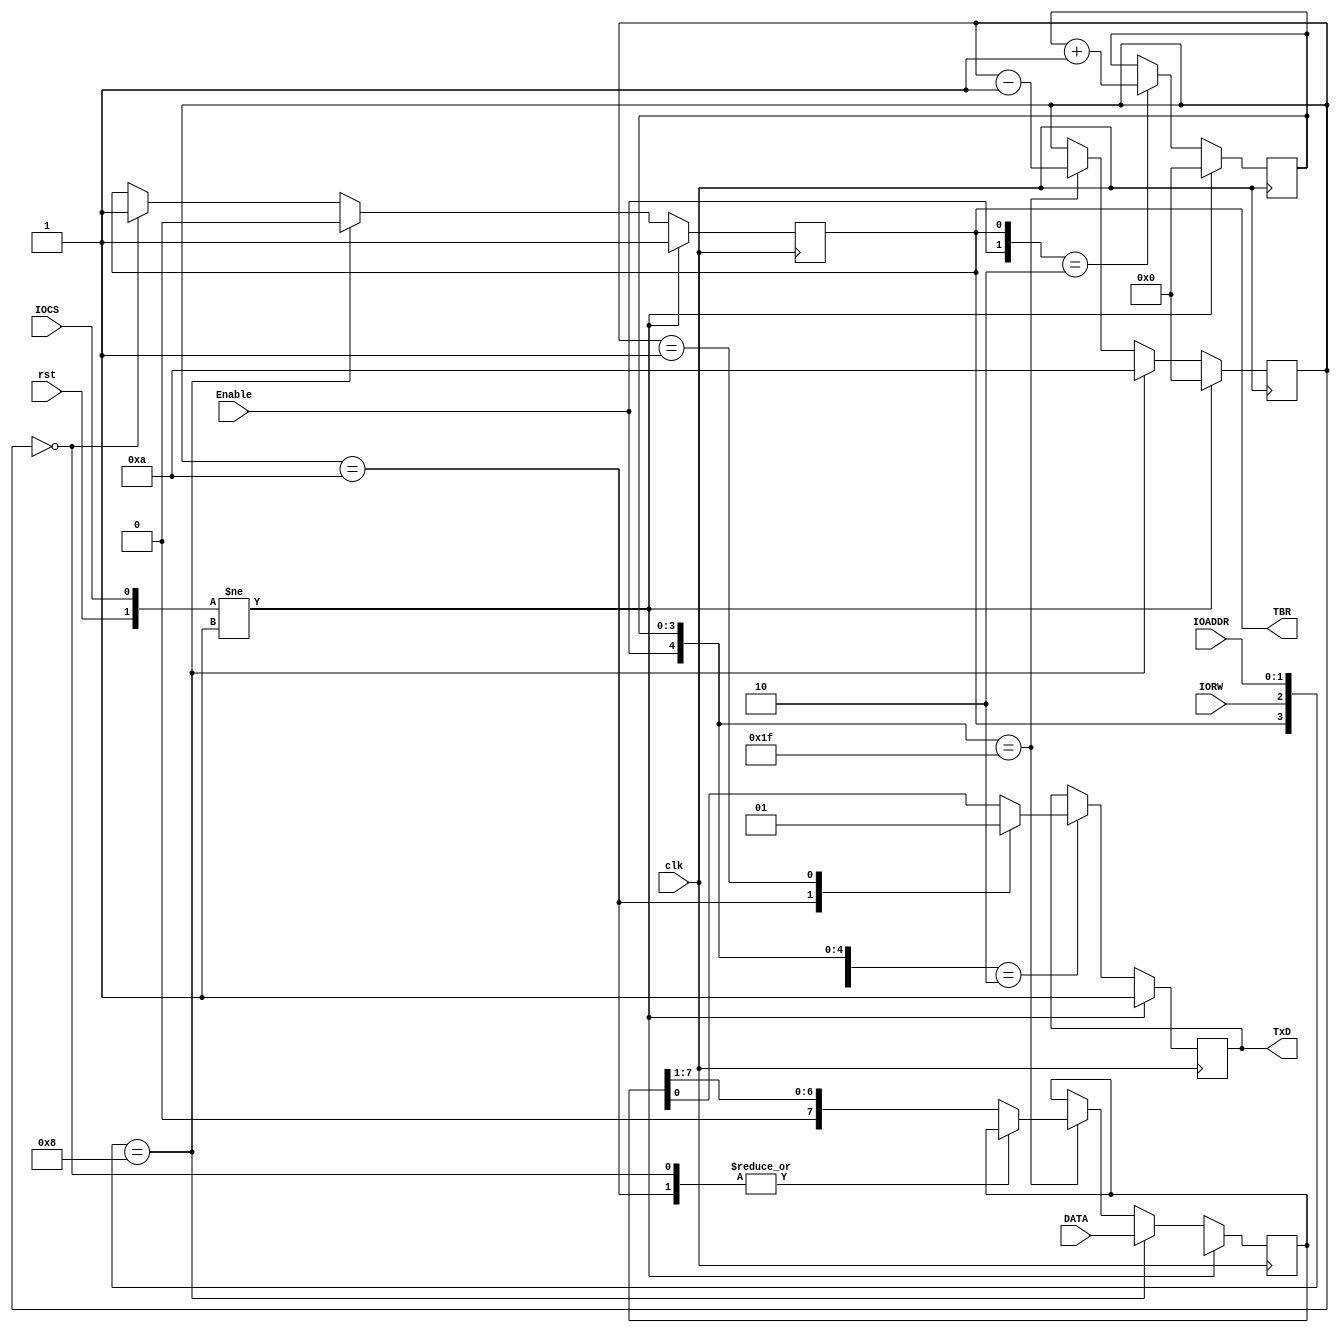
`timescale 1ns / 1ps
//////////////////////////////////////////////////////////////////////////////////
// Company: 
// Engineer: 
// 
// Design Name: 
// Module Name:    Transmit 
// Project Name: 
// Target Devices: 
// Tool versions: 
// Description: 
//
// Dependencies: 
//
// Revision: 
// Revision 0.01 - File Created
// Additional Comments: 
//
//////////////////////////////////////////////////////////////////////////////////
module Transmit(output reg TxD, output reg TBR, input [7:0] DATA, input [1:0] IOADDR, input clk, rst, Enable, IORW, IOCS);

	reg [7:0] Transmit_Buffer;
	reg [3:0] Counter;
	reg [3:0] Signal_C;
	
	always @(posedge clk)
		if ( {rst,IOCS} != 2'b01 )
			TxD <= 1;
		// Start trasmitting data bit
		else if ( {TBR, Enable, Signal_C} == 3'b010 )
			case ( Counter )
				4'ha: // initial sending Start bit
					TxD <= 0;
				4'h1: // initial sending Stop bit
					TxD <= 1;
				default: //inital sending Data bit
					TxD <= Transmit_Buffer[0];
			endcase
		else
			TxD <= TxD;

	always @(posedge clk)
		if ( {rst,IOCS} != 2'b01 )
			Signal_C <= 4'h0;
		// TBR is 0 means it is sending data, so increasing Signal_C when
		// Enable is 1
		else if ( {Enable, TBR} == 2'b10 )
			Signal_C <= Signal_C + 1;
		else 
			Signal_C <= Signal_C;

	always @(posedge clk)
		if ( {rst,IOCS} != 2'b01)
			TBR <= 1;
		// driver sends data to Transmit
		// set TBR to 0, start sending data bit
		else if ({TBR, IORW, IOADDR} == 4'h8)
			TBR <= 0;
		// Counter is 0 either means it is in idle status or it finishs
		// sending data. So set TBR to 1
		else if (Counter == 4'h0)
			TBR <= 1;
		else 
			TBR <= TBR;

	always @(posedge clk)
		if ( {rst,IOCS} != 2'b01)
			Counter <= 4'h0;
		// Get data, set Counter to start sending data
		else if ( {TBR, IORW, IOADDR} == 4'h8 )
			Counter <= 4'ha;
		else if ( {Enable,Signal_C} == 5'h1f )
			Counter <= Counter -1;
		else
			Counter <= Counter;

	always @(posedge clk)
		if ( {rst, IOCS} != 2'b01)
			Transmit_Buffer <= 8'hxx;
		// Receive data
		else if ({TBR, IORW, IOADDR} == 4'h8)
			Transmit_Buffer <= DATA;
		// Shift data
		else if ( {Enable, Signal_C} == 5'h1f )
			case (Counter)
				4'ha: Transmit_Buffer <= Transmit_Buffer;
				4'h0: Transmit_Buffer <= Transmit_Buffer;
				default: Transmit_Buffer <= {1'b0, Transmit_Buffer[7:1]};
			endcase
		else
			Transmit_Buffer <= Transmit_Buffer;

endmodule //Transmit